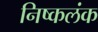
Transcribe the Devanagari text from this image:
निष्‍कलंक